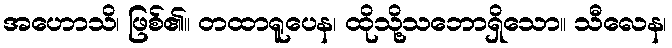
အဟောသိ၊ ဖြစ်၏။ တထာရူပေန၊ ထိုသို့သဘောရှိသော။ သီလေန၊